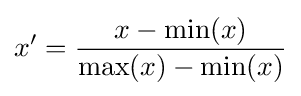
x'={\frac {x-{\text{min}}(x)}{{\text{max}}(x)-{\text{min}}(x)}}